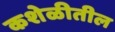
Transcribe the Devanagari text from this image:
कशेळीतील